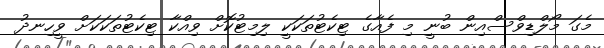
މެގަ މޯލްޑިވްސްއިން ބުނީ މި ފެއާގެ ޓިކެޓުތަކަކީ ލިމިޓުކޮށް ވިއްކާ ޓިކެޓުތަކަކަށް ވީހިނދު